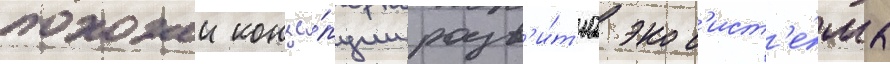
похожеи конце́пции разв'и́т'иа экос'ист'е́мы